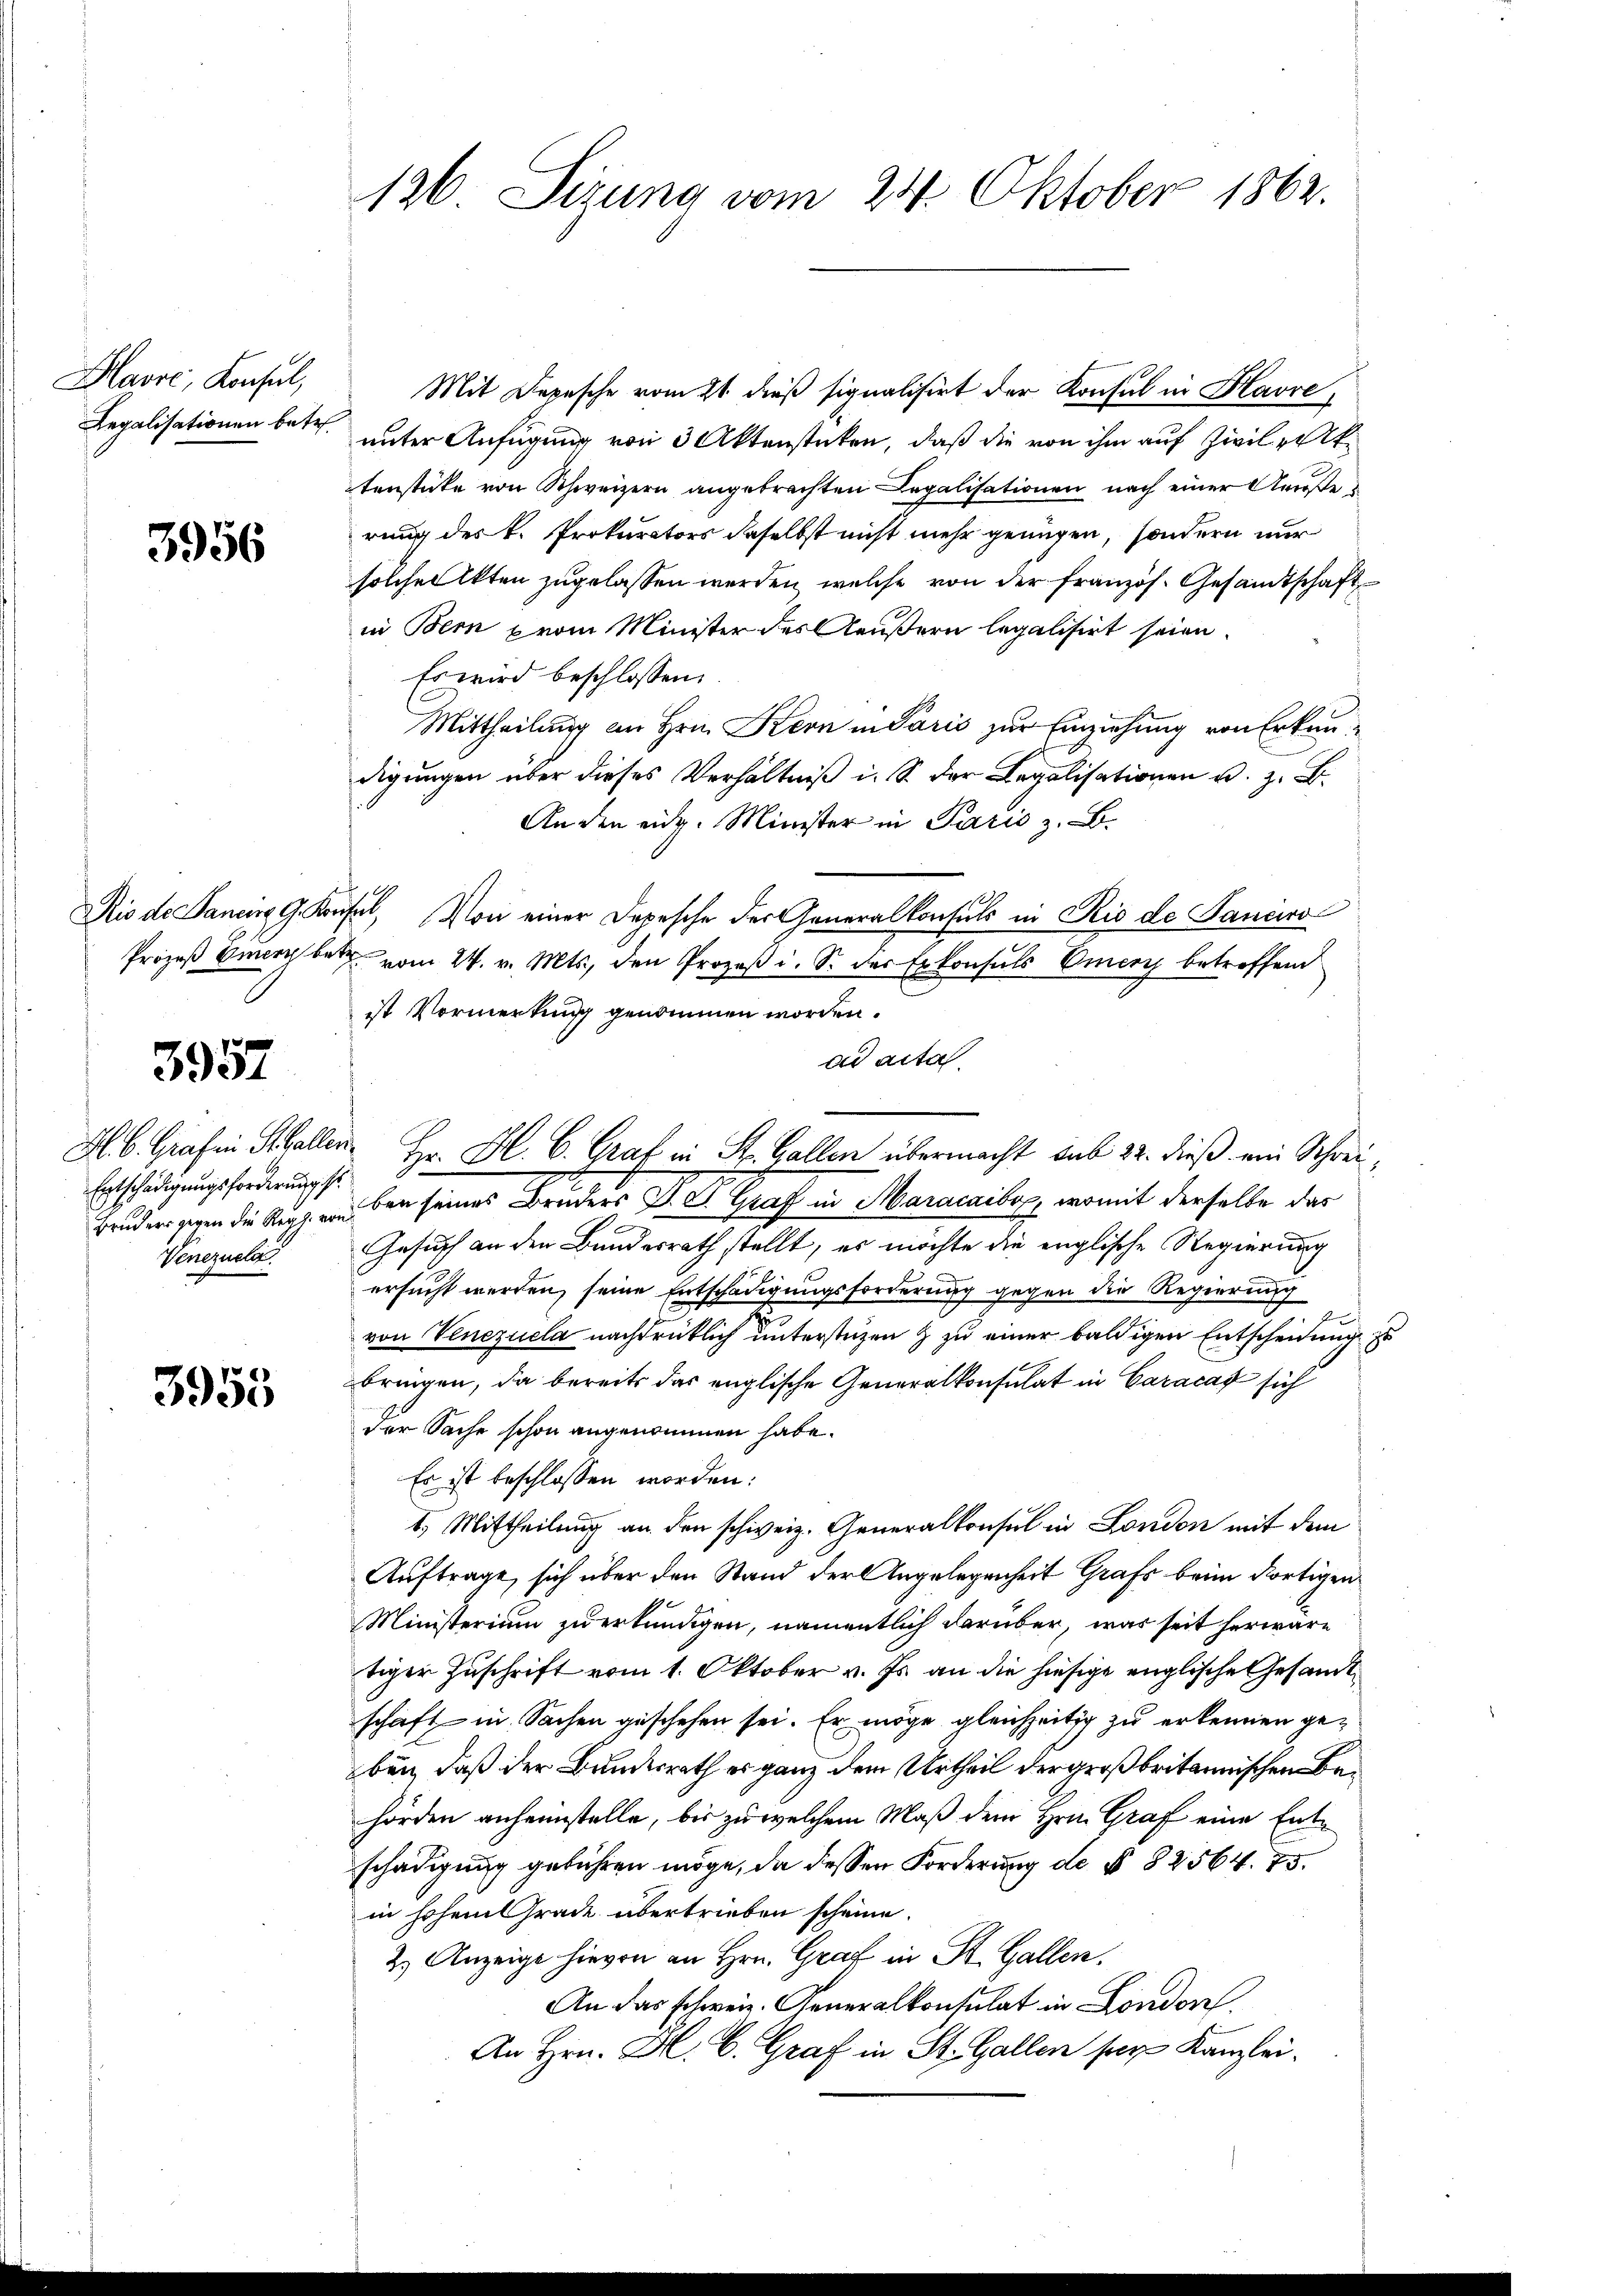
Havre, Konsul,
Legalisationen betr.

3956

3957

Entschädigungsforderung st
Venezuelg

3955

126. Sizung vom 24. Oktober 1862.

Mit Depesche vom 21. dieß signalisirt der Konsul in Havre,
unter Anfügung von 3 Aktenstücken, daß die von ihm auf Zivileittenstücke von Schweizern angebrachten Legalisationen nach einer Große
rung des k. Prokurators daselbst nicht mehr genügen, sondern nur
solche Akten zugelassen werden, welche von der französ. Gesandtschaft
in Bern prom Minister des Aeußern legalisirt seien.
Es wird beschlossen:
Mittheilung an Hrn. Kern in Paris zur Einziehung von Erkundigŭngen über dieses Verhältniβ u. S. der Legalisationen u. z. B.
An den eidg. Minister in Paris z. B.
1
Rio de anein G. Konsel, Von einer Depesche der Generalkonsuls in Rio de Janeiro
Prozeß Omerz bei vom 24. v. Mts., den Prozeß i. S. der Erkonsuls Omerz betroffend
ist Vormerkung genommen worden.
ad acta
H. b. Grafen Stellen Hr. H. C. Graf in St. Gallen übermacht sub 22. dieß ein Schrei¬
Brŭders gegen die Regg. den seines Bruders J. S. Graf in Maracaibox, womit derselbe das
Gesuch an den Bundesrath stellt, es möchte die englische Regierung
ersucht werden, seine Entschädigungsforderung gegen die Regierung
von Venezuela nachdrücklich unterstüzen & zu einer baldigen Entscheidung zu
bringen, da bereits das englische Generalkonsulat in Caracaz sich
der Sache schon angenommen habe.
Es ist beschlossen worden:
1.) Mittheilung an den schweiz. Generalkonsul in London mit dem
Auftrage, sich über den Stand der Angelegenheit Grafs beim dortigen
Ministerium zu erkundigen, namentlich darüber, was seit herwäre
tiger Zuschrift vom 1. Oktober v. Js. an die hiesige englische Gesandt
schaft in Sachen geschehen sei. Er möge gleichzeitig zu erkennen geben, daß der Bundesrath er ganz dem Urtheil der großbritannischen Behörden anheimstelle, bis zu welchem Maß dem Hrn. Graf eine Entschädigung geführen möge, da dessen Forderung des § 82564. 75.
in hohem Grade übertrieben scheine.
2.) Anzeige hievon an Hrn. Graf in St. Gallen.
An das schweiz. Generalkonsulat in London.
An Hrn. Bl. C. Graf in St. Gallen ser Kanzlei¬